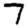
Digit: 7